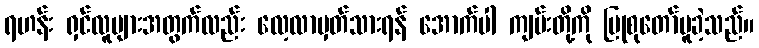
ရဟန်း ရှင်လူများအတွက်လည်း လေ့လာမှတ်သားရန် အောက်ပါ ကျမ်းတို့ကို ပြုစုတော်မူခဲ့သည်။